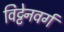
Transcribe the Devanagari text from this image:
विट्टेनवर्ग